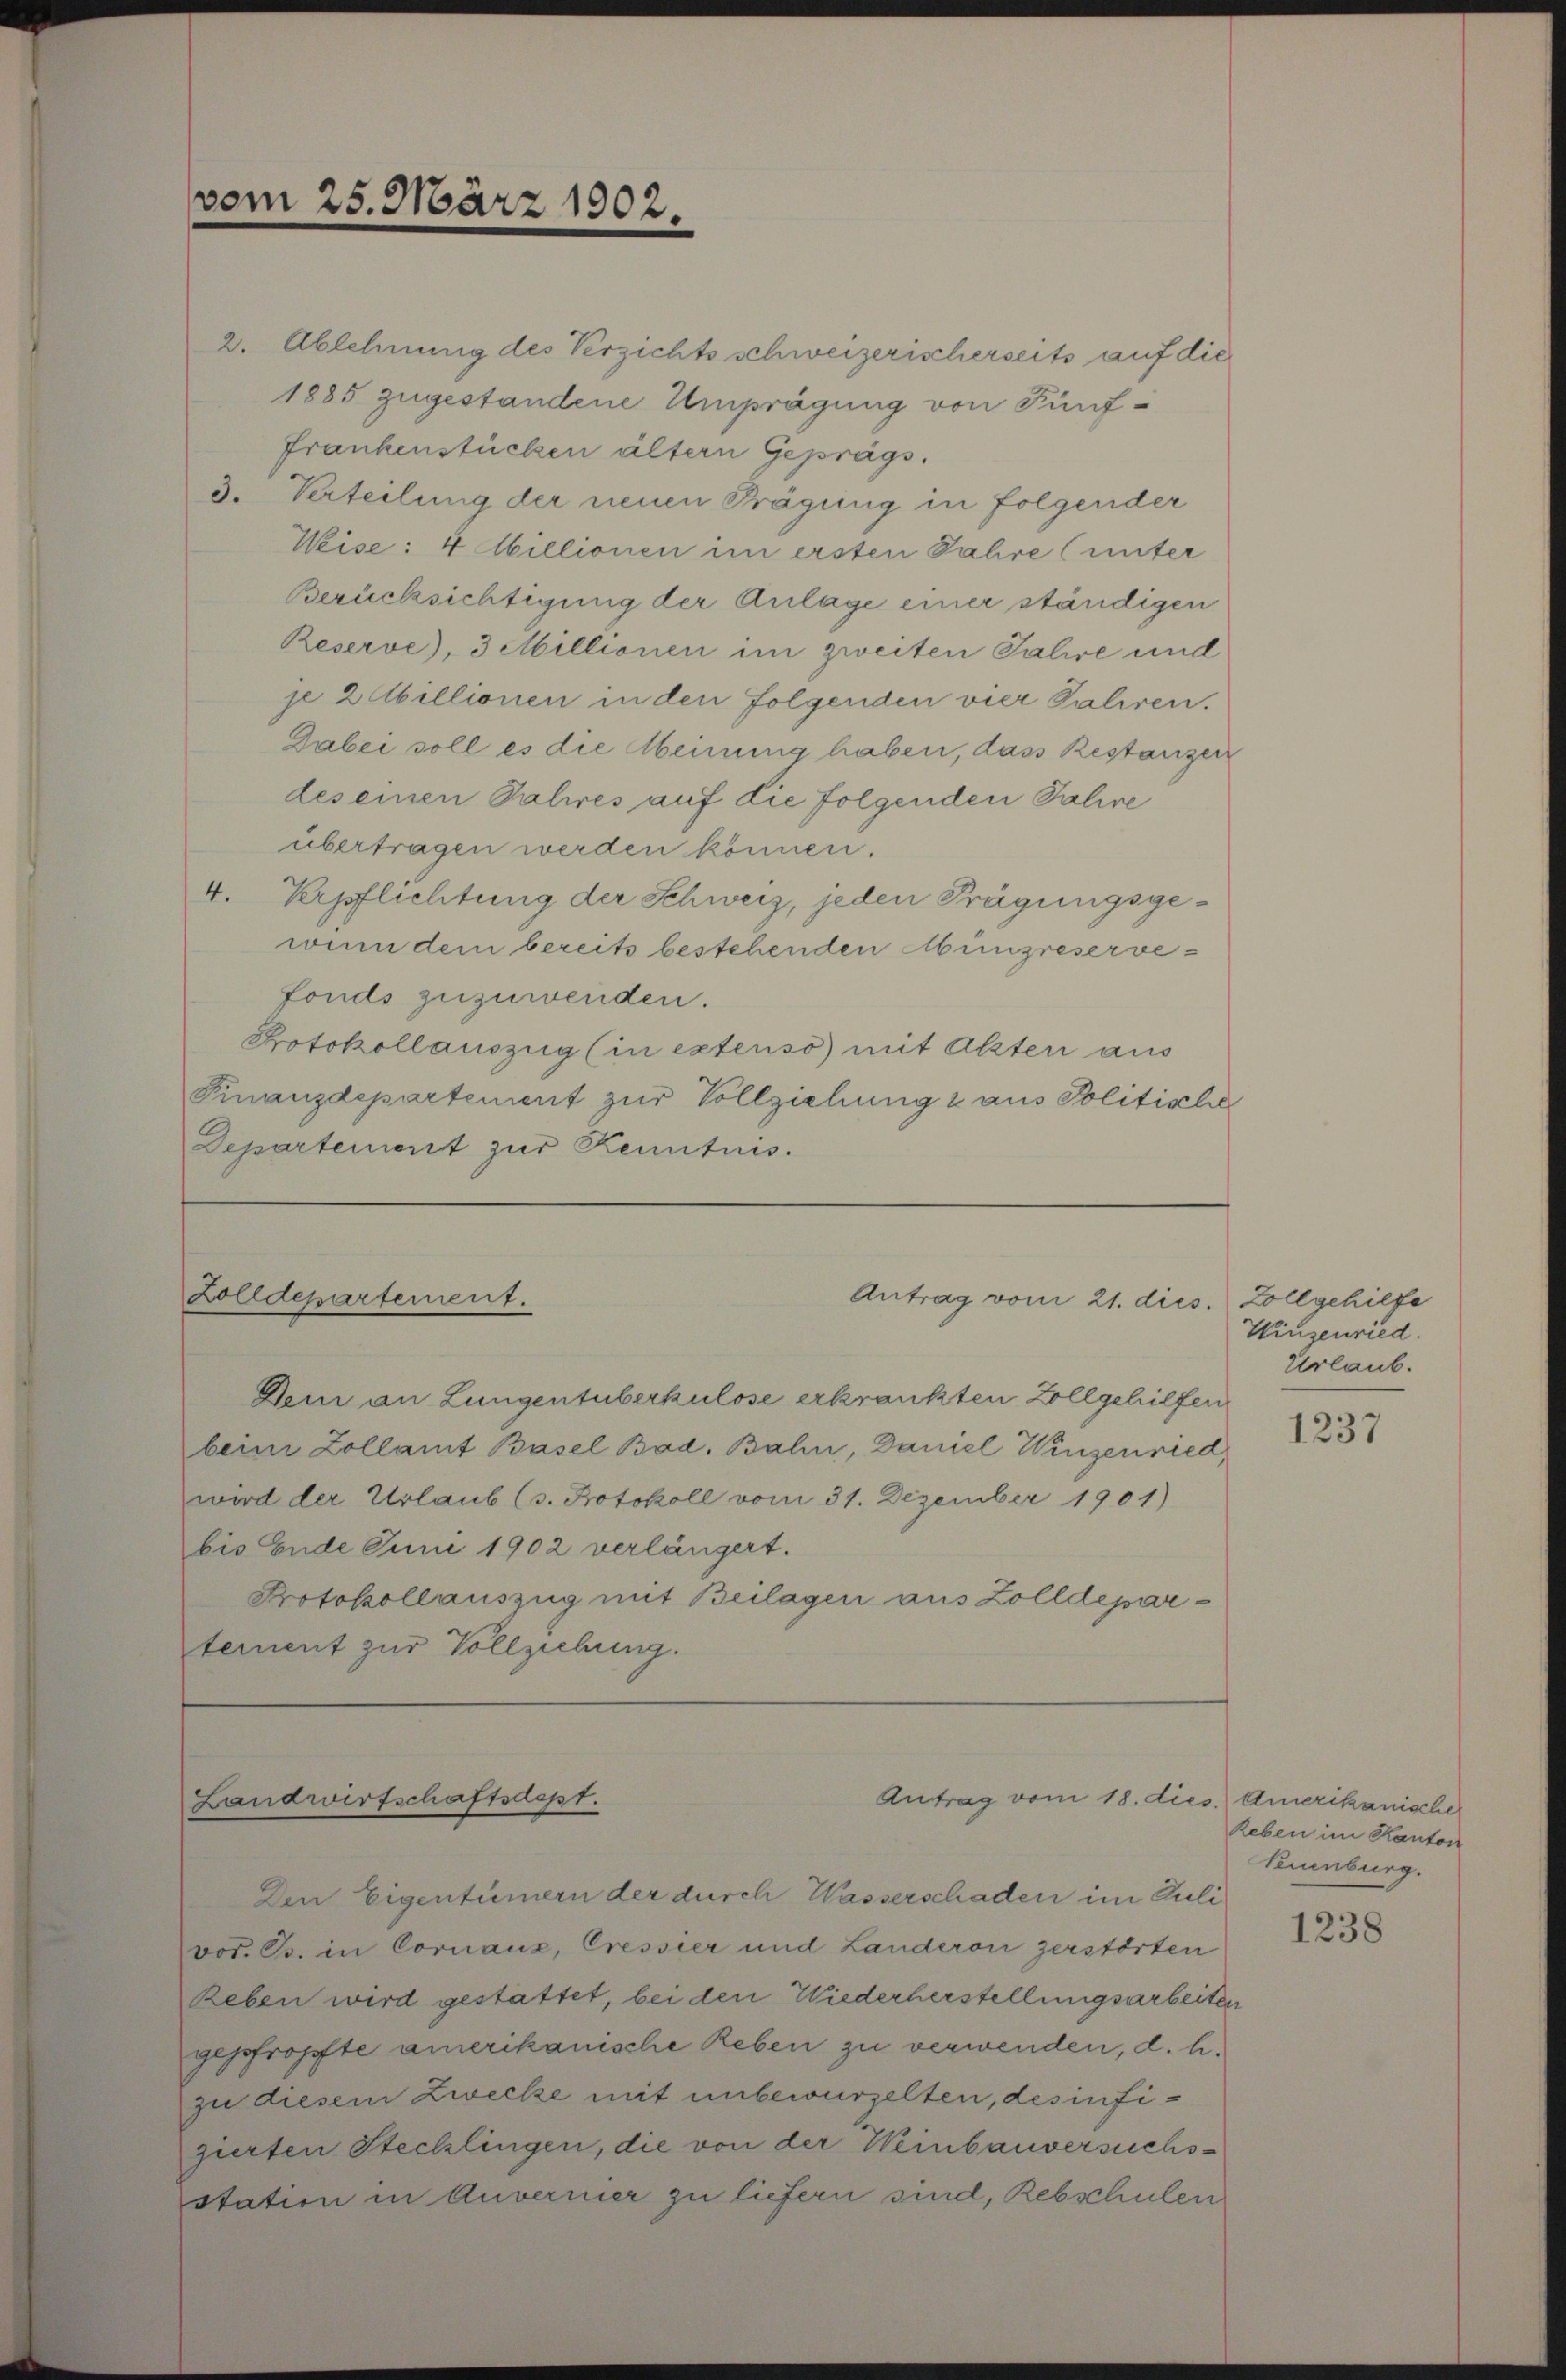
vom 25. März 1902.

2. Ablehnung des Verzichts schweizerischerseits auf die
1885 zugestandene Umprägung von Fünf¬
Frankenstücken ältern Geprägs.
3. Verteilung der neuen Prägung in folgender
Wise: 4 Abillionen im ersten Jahre (unter
Berücksichtigung der Anlage einer ständigen
Reserve, 3 Millionen im zweiten Talire und
je 2 Abillionen in den folgenden vier Saliren.
Dabei soll es die Meinung haben, dass Restanzer
des einen Talires auf die folgenden Talire
übertragen werden können.
4. Verpflichtung der Schweiz, jeden Frägungsgewinn dem bereits bestehenden Münzreserve-
fonds zuzuwenden.
Protokollauszug (in extenso mit Akten aus
Finanzdepartement zŭr Vollziehung & aus Politische
Departement zur Kenntnis.

Zolldepartement.

Landwirtschaftsdept.

Den Eigentümern der durch Wasserschaden im Juli

Antrag vom 21. dies. Zollgehilfe

Antrag vom 18. dies. Amerikanischer

Dem an Lungentuberkulose erkrankten Zollgehilfen
beim Zollamt Basel Bad. Bahn, Daniel Winzerried
wird der Urlaub (s. Protokoll vom 31. Dezember 1901)
bis Ende Juni 1902 verlängert.
Protokollauszug mit Beilagen aus Zolldepartement zur Vollziehung.

vot. B. in Cornaux, Cressier und Landeren zerstörten
Reben wird gestattet, bei den Wiederherstellungsarbeiter
gepfropfte amerikanische Reben zu verwenden, d. h.
zu diesem Zwecke mit unbewurzelten, des infizierten Stecklingen, die von der Weinbauversuchsstation in Anvermier zu liefern sind, Rebschulen

Winzenried.
Urlaub.

1237

Reben im Kanton
Neuenburg.

1238